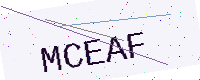
Text: MCEAF